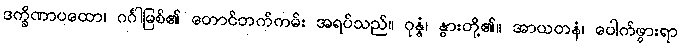
ဒက္ခိဏာပထော၊ ဂင်္ဂါမြစ်၏ တောင်ဘက်ကမ်း အရပ်သည်။ ဂုန္နံ၊ နွားတို့၏။ အာယတနံ၊ ပေါက်ဖွားရာ